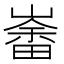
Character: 𱜍